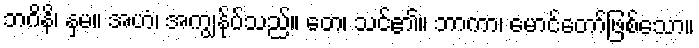
ဘဂိနိ၊ နှမ။ အဟံ၊ အကျွန်ုပ်သည်။ တေ၊ သင်၏။ ဘာကာ၊ မောင်တော်ဖြစ်သော။